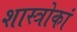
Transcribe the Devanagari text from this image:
शास्त्रोकां